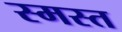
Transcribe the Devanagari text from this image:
स्मस्त